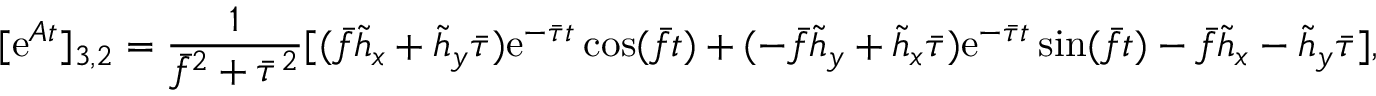
[ \mathrm { e } ^ { \boldsymbol { A } t } ] _ { 3 , 2 } = \frac { 1 } { \bar { f } ^ { 2 } + \bar { \tau } ^ { 2 } } [ ( \bar { f } \tilde { h } _ { x } + \tilde { h } _ { y } \bar { \tau } ) \mathrm { e } ^ { - \bar { \tau } t } \cos ( \bar { f } t ) + ( - \bar { f } \tilde { h } _ { y } + \tilde { h } _ { x } \bar { \tau } ) \mathrm { e } ^ { - \bar { \tau } t } \sin ( \bar { f } t ) - \bar { f } \tilde { h } _ { x } - \tilde { h } _ { y } \bar { \tau } ] ,